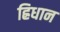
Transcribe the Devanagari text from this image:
ह्रिधान